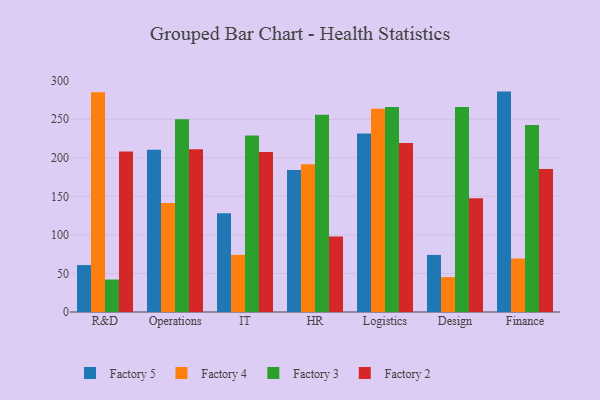
{"axis": {"x": "Department", "y": "Tickets Resolved"}, "legend": ["Factory 2", "Factory 3", "Factory 4", "Factory 5"], "data": [{"x": "R&D", "y": 60.9, "type": "Factory 5"}, {"x": "R&D", "y": 285.2, "type": "Factory 4"}, {"x": "R&D", "y": 42.1, "type": "Factory 3"}, {"x": "R&D", "y": 208.1, "type": "Factory 2"}, {"x": "Operations", "y": 210.4, "type": "Factory 5"}, {"x": "Operations", "y": 141.4, "type": "Factory 4"}, {"x": "Operations", "y": 250.1, "type": "Factory 3"}, {"x": "Operations", "y": 211.2, "type": "Factory 2"}, {"x": "IT", "y": 128.2, "type": "Factory 5"}, {"x": "IT", "y": 74.1, "type": "Factory 4"}, {"x": "IT", "y": 228.9, "type": "Factory 3"}, {"x": "IT", "y": 207.6, "type": "Factory 2"}, {"x": "HR", "y": 184.3, "type": "Factory 5"}, {"x": "HR", "y": 191.6, "type": "Factory 4"}, {"x": "HR", "y": 255.9, "type": "Factory 3"}, {"x": "HR", "y": 97.9, "type": "Factory 2"}, {"x": "Logistics", "y": 231.6, "type": "Factory 5"}, {"x": "Logistics", "y": 263.6, "type": "Factory 4"}, {"x": "Logistics", "y": 266.0, "type": "Factory 3"}, {"x": "Logistics", "y": 219.1, "type": "Factory 2"}, {"x": "Design", "y": 74.0, "type": "Factory 5"}, {"x": "Design", "y": 45.3, "type": "Factory 4"}, {"x": "Design", "y": 265.9, "type": "Factory 3"}, {"x": "Design", "y": 147.6, "type": "Factory 2"}, {"x": "Finance", "y": 285.9, "type": "Factory 5"}, {"x": "Finance", "y": 69.4, "type": "Factory 4"}, {"x": "Finance", "y": 242.6, "type": "Factory 3"}, {"x": "Finance", "y": 185.6, "type": "Factory 2"}]}